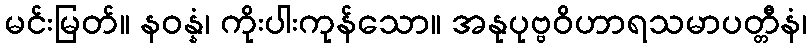
မင်းမြတ်။ နဝန္နံ၊ ကိုးပါးကုန်သော။ အနုပုဗ္ဗဝိဟာရသမာပတ္တီနံ၊